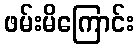
ဖမ်းမိကြောင်း